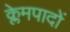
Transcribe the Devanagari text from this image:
क्लेमपादों